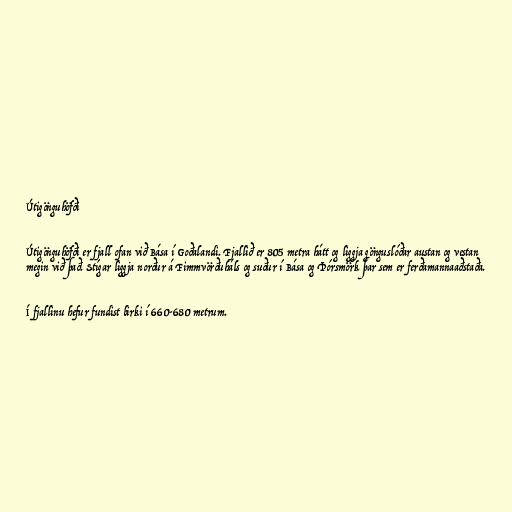
Útigönguhöfði

Útigönguhöfði er fjall ofan við Bása í Goðalandi. Fjallið er 805 metra hátt og liggja gönguslóðar austan og vestan
megin við það. Stígar liggja norður á Fimmvörðuháls og suður í Bása og Þórsmörk þar sem er ferðamannaaðstaða.

Í fjallinu hefur fundist birki í 660-680 metrum.